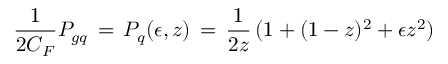
\frac { 1 } { 2 C _ { F } } P _ { g q } \, = \, P _ { q } ( \epsilon , z ) \, = \, \frac { 1 } { 2 z } \, ( 1 + ( 1 - z ) ^ { 2 } + \epsilon z ^ { 2 } )